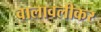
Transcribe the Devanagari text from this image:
वालावलीकर